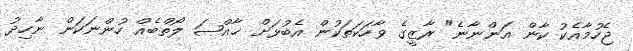
ޖެހުމާއެކު ކާން އަންނާނެ" ރާޒީގެ ވާހަކަތަކުން އެބުޅަށް ޚާއްޞަ ލޯތްބެއް ހުންނަކަން ނާހިދު